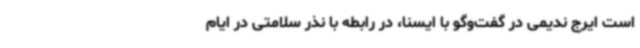
است ایرج ندیمی در گفت‌وگو با ایسنا، در رابطه با نذر سلامتی در ایام